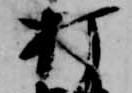
打